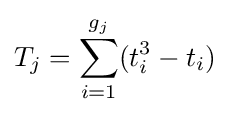
T_{j}=\sum _{i=1}^{g_{j}}(t_{i}^{3}-t_{i})